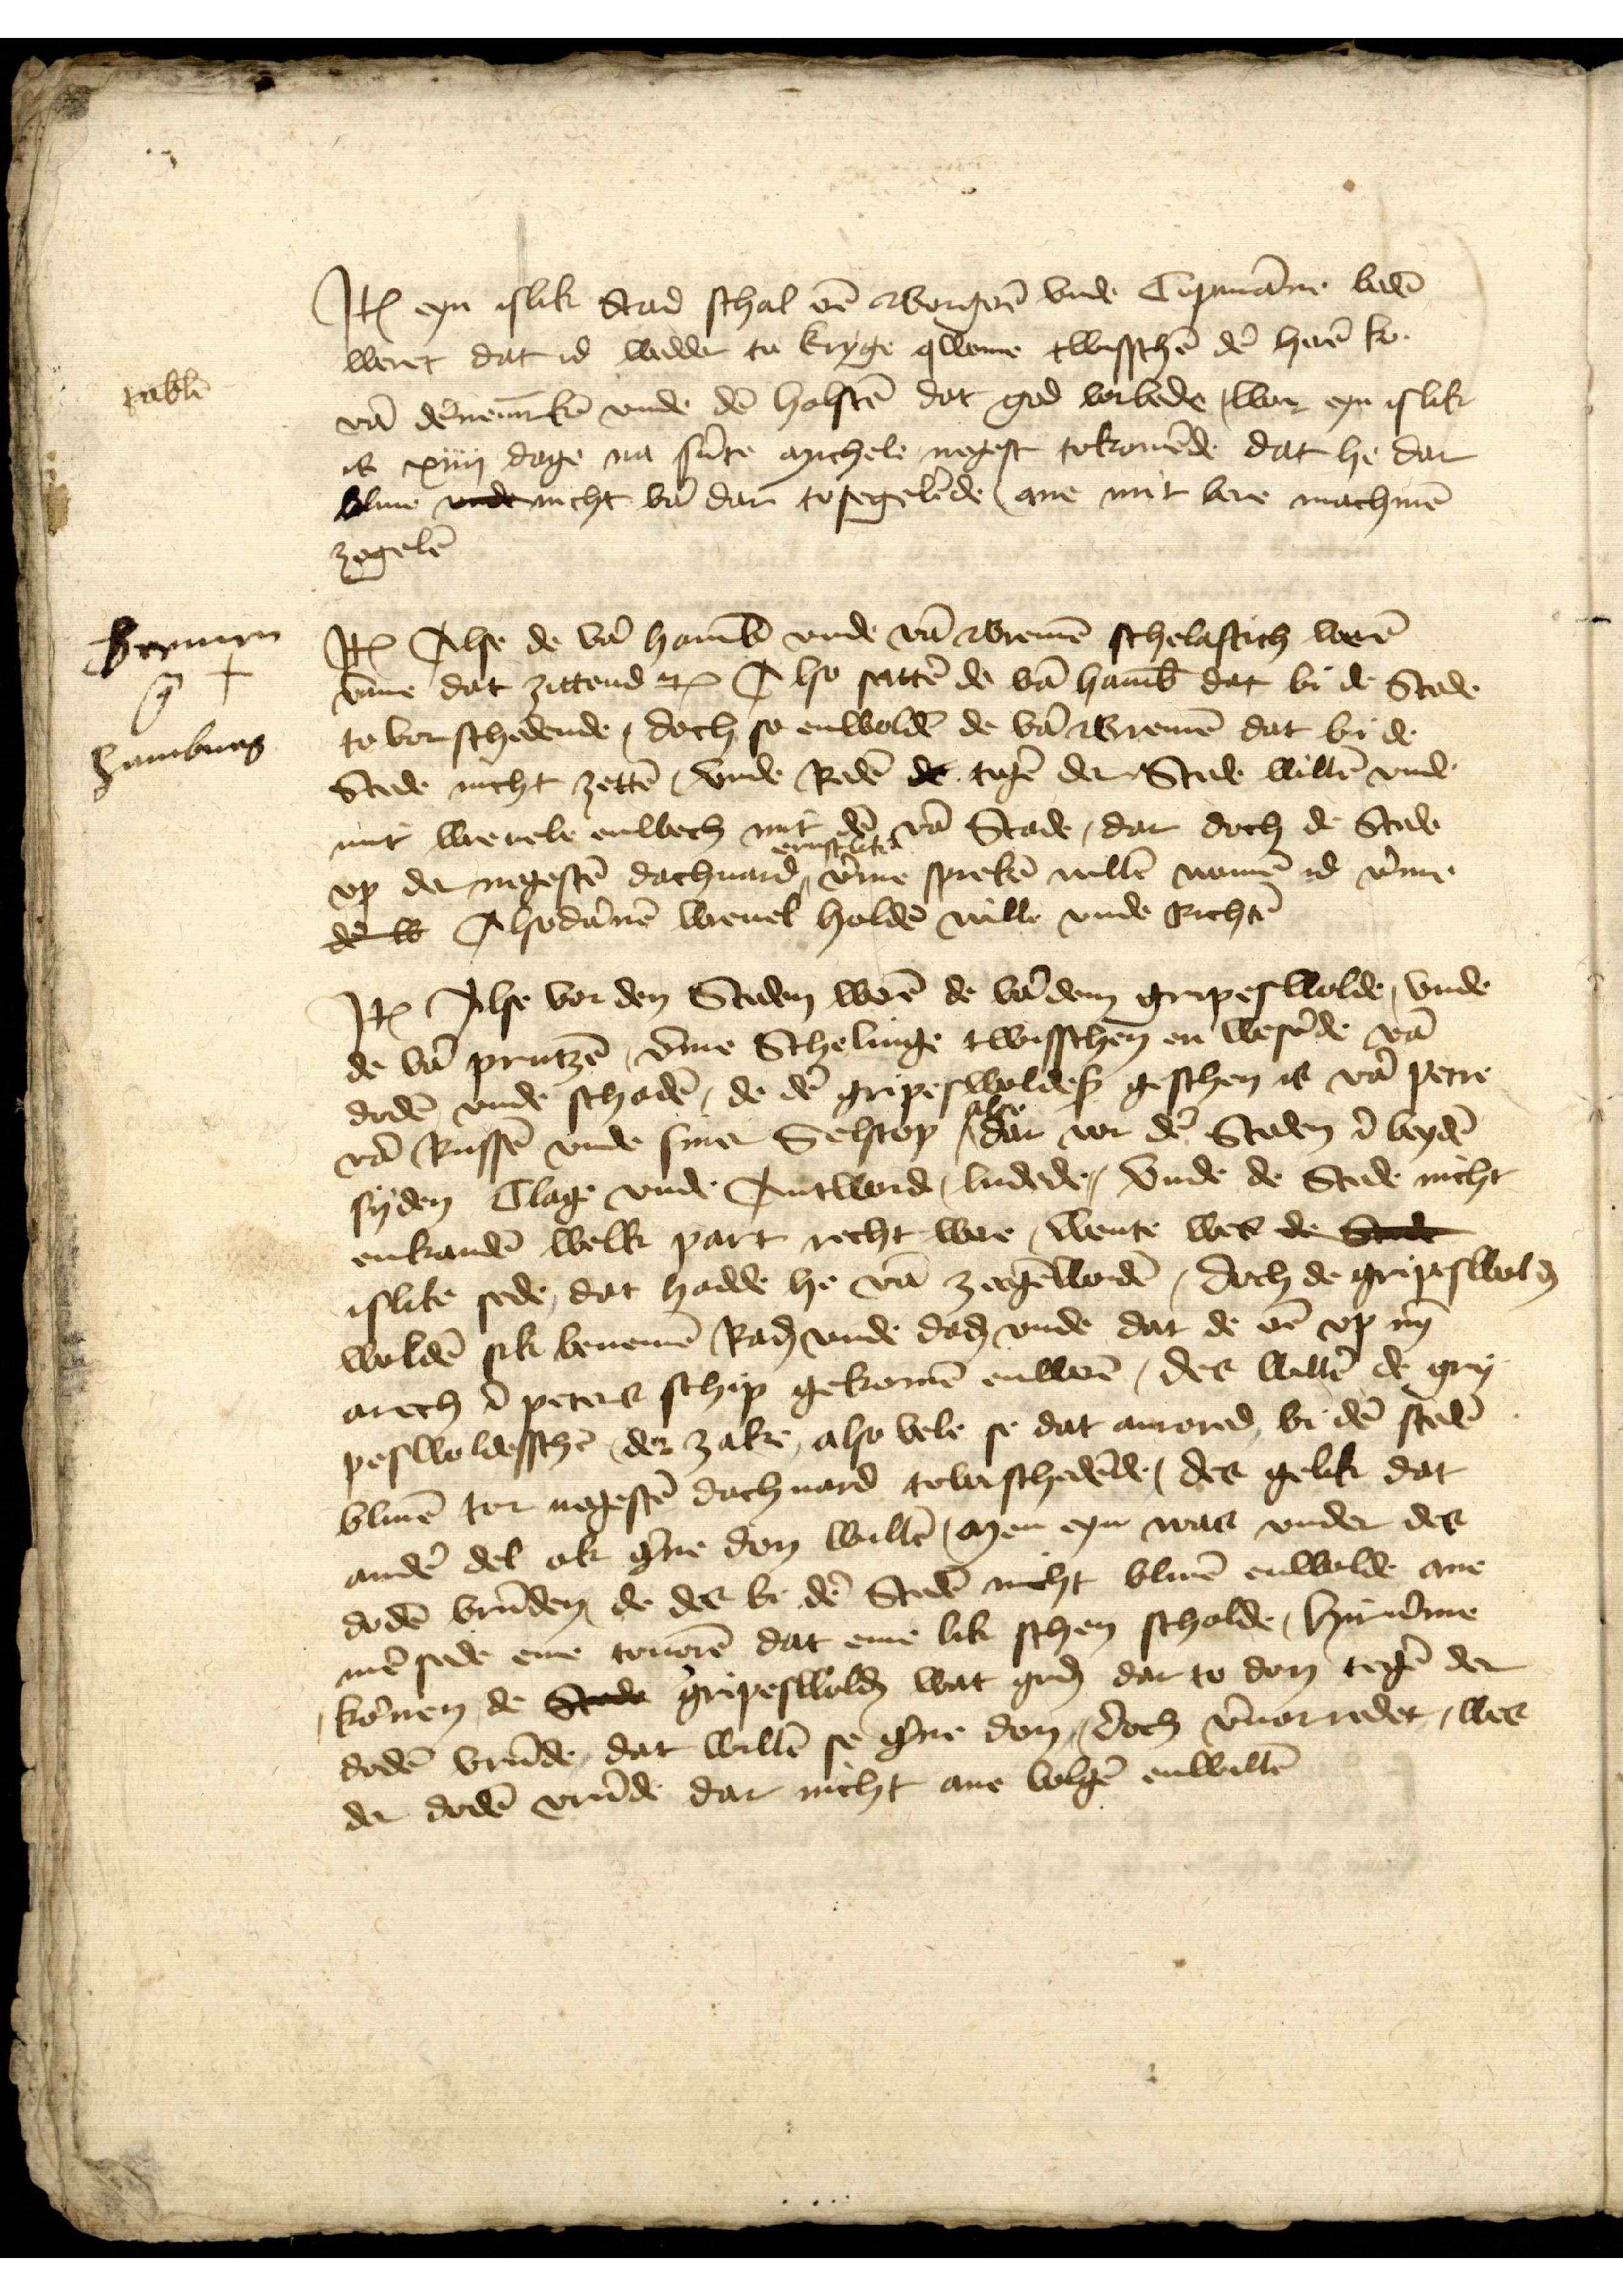
Iꝷ eyn islik Stad schal er̉ Borger̄ vnde Copmāne bed̄
weret dat id wedder to kryge qweme twisschē dē herē Ko
vā Dēnem̄rkē vnde dē Holstē dat god vorbede, wan eyn islick
is xiiij dage na sūte michele negest tokomēde dat he dar
bliue vnde nicht vā dar tosegelēde ane mit bere machmē
zogelē

tab̄la

Jꝷ Alse de vā Hamb̄ vnde vā Bremē schelaftich werē
v̄me dat zittende etꝬ Also sattē de vā Hamb̄ dat bi de Stede
to vorschedende, doch so enwoldē de vā Bremē dat bi de
Stede nicht zettē, vnde Radē de tegē der Stede willē vnd
mit wrevele enwech mit dē vā Stade, dar doch de Stede
vp de negestē dachuard ernstlick v̄me sprekē willē wamē id v̄me
dē w Alsodānē wreuel holdē wille vnde Richtē

Bremen
G +
Hamburg

Jꝷ Alse vor den Steden werē de vā dem Gripeswolde, vnde
de vā Prutzē, v̄me Schelinge twisschen en wesēde vā
dodē vnde schadē, de dē Gripeswoldeß geschen is vā Petre
vā Russē vnde sine Selscop also dar vor dē Steden ī bydē
syden Clage vnde Antword, ludede, vnde de Stede nicht
enkandē welk part recht were, wente wes de Stede
islike sede dat hadde he vā zecgēword̄, doch de Gripeswolḑ
woldē sik benemē Raḑ vnde daḑ vnde dat de er̉ vp nȳ
arech ī Peters schip gekome enwẻ, des willē de Gry¬
peswoldesschē, der zake, also vele se dat anrored bi de stede
bliuē tor negestē dachuard towischedēde, der gelik dat
andẻ del ok gne don willē men eyn was under der
dodē vrūden, de des be dē Stedē nicht bliuē enwolde ane
mē sede eme tovorē dat eme lik schen scholde, Hir ūme
komen, de Stede Gripeswolḑ wat guḑ dar to don tege den
dodē vrūde dat willē se g̉ne don, doch v̄uoredet, wes
va dodē vrūde dar nicht ane volgē enwillē